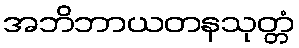
အဘိဘာယတနသုတ္တံ